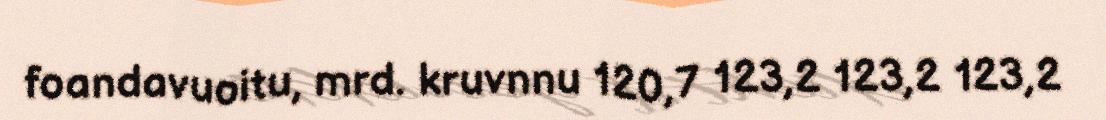
foandavuoitu, mrd. kruvnnu 120,7 123,2 123,2 123,2